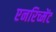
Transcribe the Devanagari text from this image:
एनरिच्मेंट